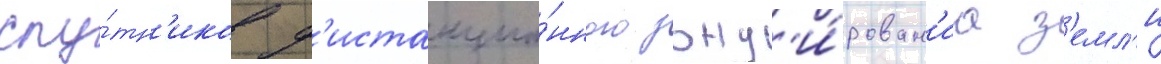
спу́тн'иков д'истанцио́нного зонд'и́рован'иа з'емл'и